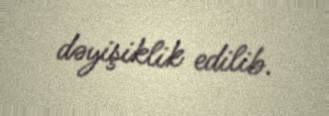
dəyişiklik edilib.